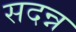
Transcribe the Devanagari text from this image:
सदन्न